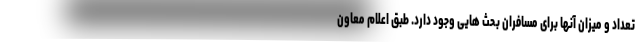
تعداد و میزان آنها برای مسافران بحث هایی وجود دارد. طبق اعلام معاون